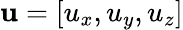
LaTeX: \mathbf{u}=[u_{x},u_{y},u_{z}]